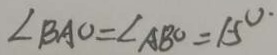
\angle B A O = \angle A B O = 1 5 ^ { \circ }